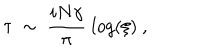
LaTeX: \tau ~ \sim ~ { \frac { i N \gamma } { \pi } } ~ l o g ( \xi ) \ ,